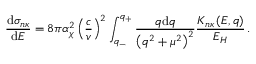
\frac { \mathrm { d } \sigma _ { n \kappa } } { \mathrm { d } E } = 8 \pi \alpha _ { \chi } ^ { 2 } \left( \frac { c } { v } \right) ^ { 2 } \int _ { q _ { - } } ^ { q _ { + } } \frac { q \mathrm { d } q } { \left( q ^ { 2 } + \mu ^ { 2 } \right) ^ { 2 } } \frac { K _ { n \kappa } \left( E , q \right) } { E _ { H } } \, .